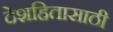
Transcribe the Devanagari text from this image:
देशहितासाठी